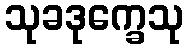
သုခဒုက္ခေသု